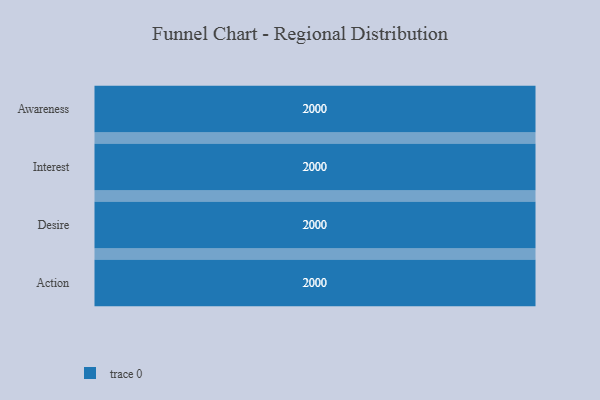
{"axis": {"x": "Stage", "y": "Value"}, "legend": [""], "data": [{"x": "Awareness", "y": 2000, "type": ""}, {"x": "Interest", "y": 2000, "type": ""}, {"x": "Desire", "y": 2000, "type": ""}, {"x": "Action", "y": 2000, "type": ""}]}